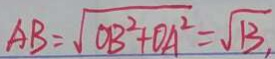
A B = \sqrt { O B ^ { 2 } + O A ^ { 2 } } = \sqrt { 1 3 } ,